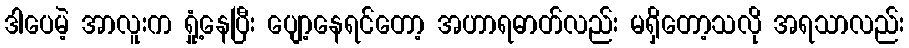
ဒါပေမဲ့ အာလူးက ရှုံ့နေပြီး ပျော့နေရင်တော့ အဟာရဓာတ်လည်း မရှိတော့သလို အရသာလည်း